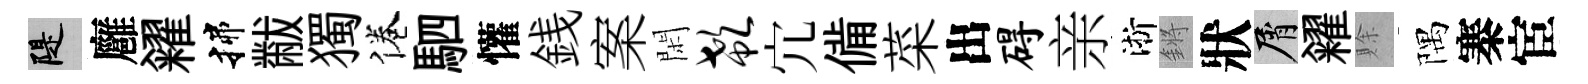
堤廱糴揲黻獨倦駟懽銭案閑欷宂備菜出碍亲淅鏘狀屑糴賖隅寨宦